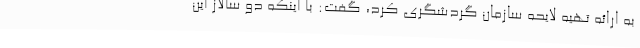
به ارائه تهیه لایحه سازمان گردشگری کرد، گفت: با اینکه دو سالاز این